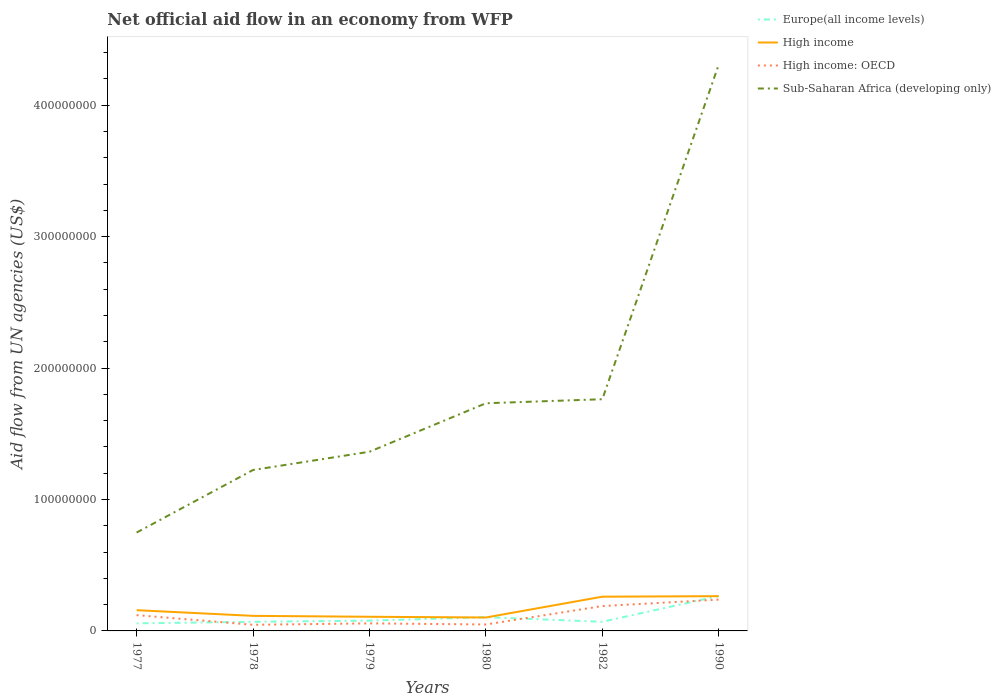
| Years | Europe(all income levels) | High income | High income: OECD | Sub-Saharan Africa (developing only) |
 | --- | --- | --- | --- | --- |
 | 1977 | 5.76e+06 | 1.58e+07 | 1.2e+07 | 7.48e+07 |
 | 1978 | 6.93e+06 | 1.15e+07 | 4.68e+06 | 1.22e+08 |
 | 1979 | 7.82e+06 | 1.08e+07 | 5.74e+06 | 1.36e+08 |
 | 1980 | 1.05e+07 | 1.02e+07 | 4.9e+06 | 1.73e+08 |
 | 1982 | 6.96e+06 | 2.60e+07 | 1.89e+07 | 1.76e+08 |
 | 1990 | 2.65e+07 | 2.64e+07 | 2.38e+07 | 4.31e+08 |